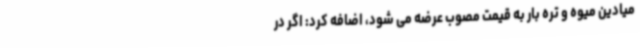
میادین میوه و تره بار به قیمت مصوب عرضه می شود، اضافه کرد: اگر در